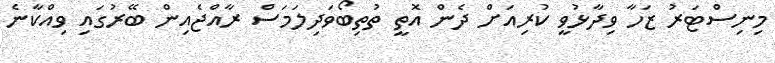
މިނިސްޓަރު ޒަހާ ވިދާޅުވީ ކުރިއަށް ދެން އޮތީ ތުތިބޯވަދިލަމަސް ރާއްޖެއިން ބޭރުގައި ވިއްކާނެ